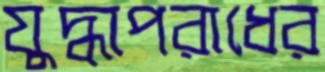
যুদ্ধাপরাধের